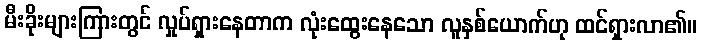
မီးခိုးများကြားတွင် လှုပ်ရှားနေတာက လုံးထွေးနေသော လူနှစ်ယောက်ဟု ထင်ရှားလာ၏။